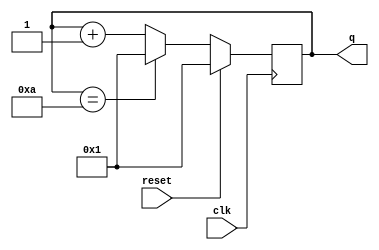
module top_module (
    input  wire       clk,
    input  wire       reset,
    output reg  [3:0] q
);
    always @(posedge clk) begin
        if (reset)
            q <= 4'b0001;
        else
            if (q == 4'b1010)
                q <= 4'b0001;
            else
                q <= q + 4'b0001;
    end
endmodule